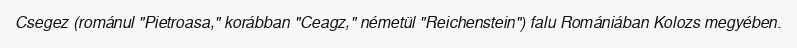
Csegez (románul "Pietroasa," korábban "Ceagz," németül "Reichenstein") falu Romániában Kolozs megyében.